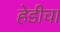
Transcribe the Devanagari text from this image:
हेडीचा